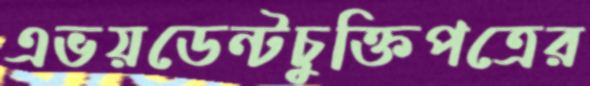
এভয়ডেন্টচুক্তিপত্রের